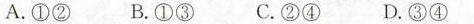
A.①② B.①③ C.②④ D.③④